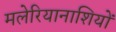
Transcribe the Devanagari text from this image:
मलेरियानाशियों